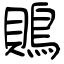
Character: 鵙